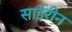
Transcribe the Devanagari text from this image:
साईरीन